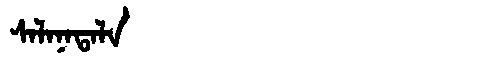
Manchu: ᠰᠠᠯᠠᠨᠠᡨᠠᠯᠠ
Romanization: SALANATALA